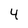
Character: 4